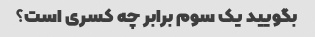
بگویید یک سوم برابر چه کسری است؟